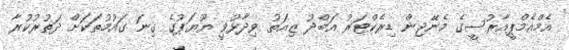
އެމްއެމްޕީއާރުސީގެ މެނޭޖިން ޑިރެކްޓަރު އަބްދު ޒިއަތު ވިދާޅުވީ ޔޫޔަޕުގެ ގިނަ ގައުމުތަކަށް ދަތުރުކުރާ